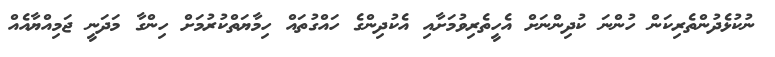
ނުކުޅެދުންތެރިކަން ހުންނަ ކުދިންނަށް އެހީތެރިވުމަށާއި އެކުދިންގެ ހައްގުތައް ހިމާޔަތްކުރުމަށް ހިންގާ މަދަނީ ޖަމިއްޔާއެއް